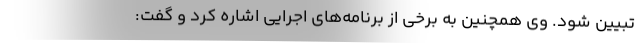
تبیین شود. وی همچنین به برخی از برنامه‌های اجرایی اشاره کرد و گفت: